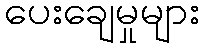
ပေးချေမှုများ